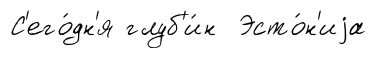
С'его́дн'я глуб'и́н Эсто́н'иjа